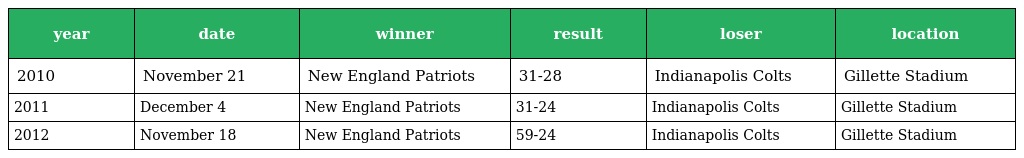
| year | date | winner | result | loser | location |
 | --- | --- | --- | --- | --- | --- |
 | 2010 | November 21 | New England Patriots | 31-28 | Indianapolis Colts | Gillette Stadium |
 | 2011 | December 4 | New England Patriots | 31-24 | Indianapolis Colts | Gillette Stadium |
 | 2012 | November 18 | New England Patriots | 59-24 | Indianapolis Colts | Gillette Stadium |